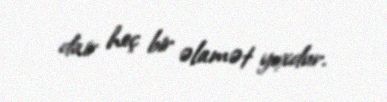
dair heç bir əlamət yoxdur.